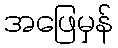
အဖြေမှန်